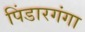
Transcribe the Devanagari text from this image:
पिंडारगंगा